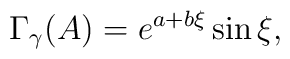
\Gamma_\gamma (A) = e^{a + b\xi} \sin \xi,